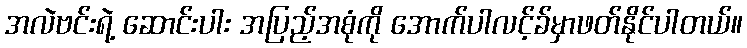
အလဲဗင်းရဲ့ ဆောင်းပါး အပြည့်အစုံကို အောက်ပါလင့်ခ်မှာဖတ်နိုင်ပါတယ်။